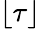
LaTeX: \lfloor\tau\rfloor